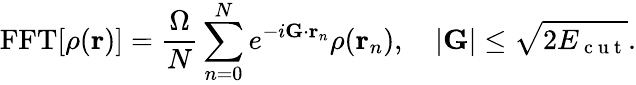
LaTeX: \mathrm{FFT}[\rho(\mathbf{r})]=\frac{\Omega}{N}\sum_{n=0}^{N}e^{-i\mathbf{G}\cdot\mathbf{r}_{n}}\rho(\mathbf{r}_{n}),\quad|\mathbf{G}|\leq\sqrt{2E_{\mathrm{~c~u~t~}}}.